Civil Veterinary Dept. Bombay admin report 1893-99 - 1893-1899
Year: 1893
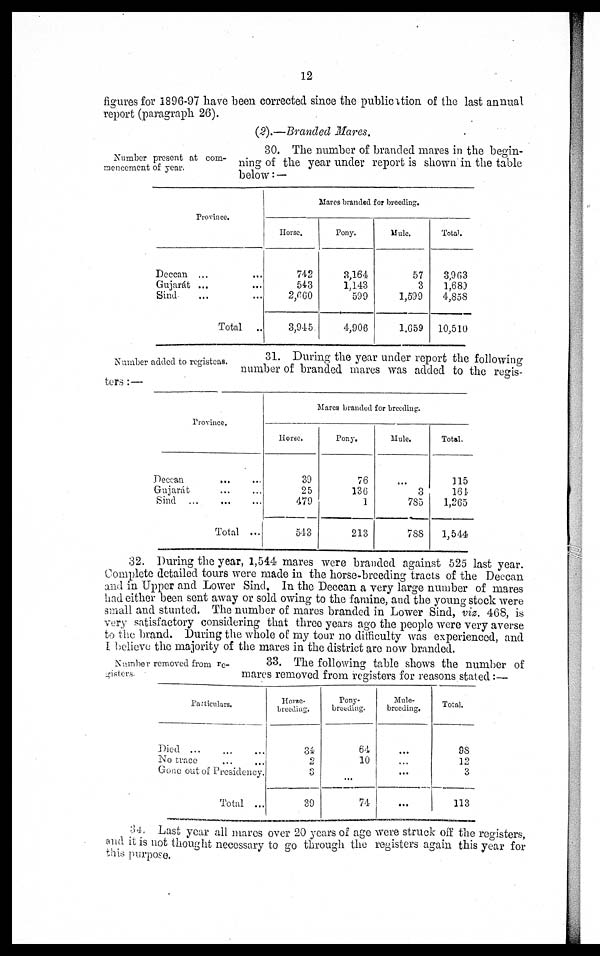
12
figures for 1896-97 have been corrected since the publication of the last annual
report (paragraph 26).
(2).—Branded Mares.
Number present at com-
mencement of year.
30. The number of branded mares in the begin-
ning of the year under report is shown in the table
below : —
Province.
Deecan ... ...
Gujarát ... ...
Sind ... ...
Total ...
Mares branded for breeding.
Horse.
742
543
2,660
3,945
Pony.
3,164
1,143
599
4,908
Mule,
57
3
1,599
1,659
Total.
3,963
1,680
4,858
10,510
N amber added to registeas.
31. During the year under report the following
number of branded mares was added to the regis-
ters:––
Province.
Deecan ... ...
Gujarát ... ...
Sind ... ... ...
Total ...
Mares branded for breeding.
Horse.
39
25
479
543
Pony.
76
136
1
213
Mule.
...
3
785
788
Total.
115
164
1,265
1,544
32. During the year, 1,544 mares were branded against 525 last year.
Complete detailed tours were made in the horse-breeding tracts of the Deccan
and in Upper and Lower Sind. In the Deccan a very large number of mares
had either been sent away or sold owing to the famine, and the young stock were
small and stunted. The number of mares branded in Lower Sind, viz. 468, is
very satisfactory considering that three years ago the people were very averse
to the brand. During the whole of my tour no difficulty was experienced, and
I believe the majority of the mares in the district are now branded.
Number removed from re-
gisters.
33. The following table shows the number of
mares removed from registers for reasons stated:—
Particulars.
Died ... ... ...
No trace ... ...
Gone out of Presidency.
Total ...
Horse-
breeding.
34
2
5
39
Pony-
breeding.
64
10
...
74
Mule-
breeding.
...
...
...
...
Total.
98
12
3
113
34. Last year all mares over 20 years of age were struck off the registers,
and it is not thought necessary to go through the registers again this year for
this purpose.